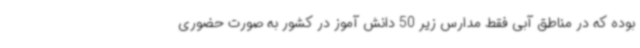
بوده که در مناطق آبی فقط مدارس زیر 50 دانش آموز در کشور به صورت حضوری